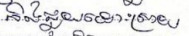
និងជួយដោះស្រាយ